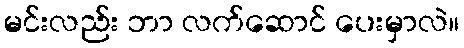
မင်းလည်း ဘာ လက်ဆောင် ပေးမှာလဲ။